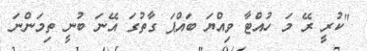
"ކުރީ ރޭ މަ ހުއްޓާ ވިއްޔަ ބައްޕަ ގާތުގަ އޭނަ ބުނީ ތިމަންނަ